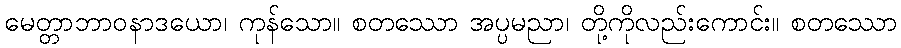
မေတ္တာဘာဝနာဒယော၊ ကုန်သော။ စတဿော အပ္ပမညာ၊ တို့ကိုလည်းကောင်း။ စတဿော